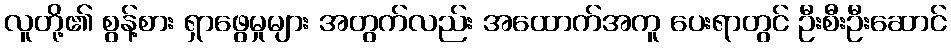
လူတို့၏ စွန့်စား ရှာဖွေမှုများ အတွက်လည်း အထောက်အကူ ပေးရာတွင် ဦးစီးဦးဆောင်